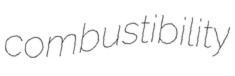
combustibility